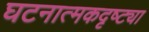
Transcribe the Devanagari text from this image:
घटनात्मकदृष्ट्या